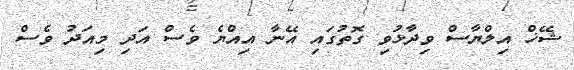
ޝޭޚް އިލްޔާސް ވިދާޅުވި ގޮތުގައި އޭނާ އިއްޔެ ވެސް އަދި މިއަދު ވެސް